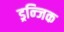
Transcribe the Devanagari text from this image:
ड्रन्जिक